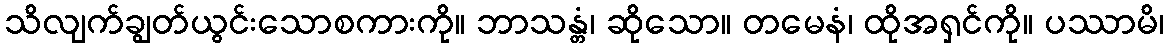
သိလျက်ချွတ်ယွင်းသောစကားကို။ ဘာသန္တံ၊ ဆိုသော။ တမေနံ၊ ထိုအရှင်ကို။ ပဿာမိ၊